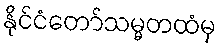
နိုင်ငံတော်သမ္မတထံမှ